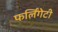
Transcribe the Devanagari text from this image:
फर्लिंगेटी